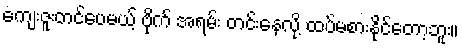
ကျေးဇူးတင်ပေမယ့် ဗိုက် အရမ်း တင်းနေလို့ ထပ်မစားနိုင်တော့ဘူး။